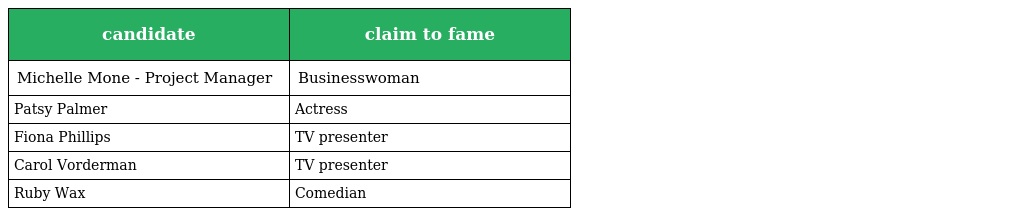
| candidate | claim to fame |
 | --- | --- |
 | Michelle Mone - Project Manager | Businesswoman |
 | Patsy Palmer | Actress |
 | Fiona Phillips | TV presenter |
 | Carol Vorderman | TV presenter |
 | Ruby Wax | Comedian |